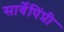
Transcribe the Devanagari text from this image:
सार्वेपिंप्री